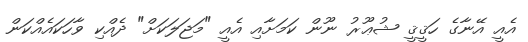
އެއީ އޭނާގެ ހަޤީޤީ ޝުޢޫރު ނޫން ކަމަށާއި އެއީ "މަޖަލަކަށް" ދެއްކި ވާހަކައެއްކަން